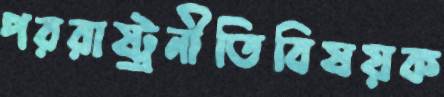
পররাষ্ট্রনীতিবিষয়ক